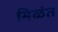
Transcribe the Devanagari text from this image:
मिळंत